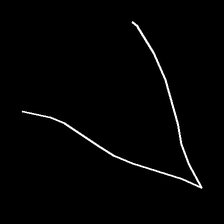
Glyph: region